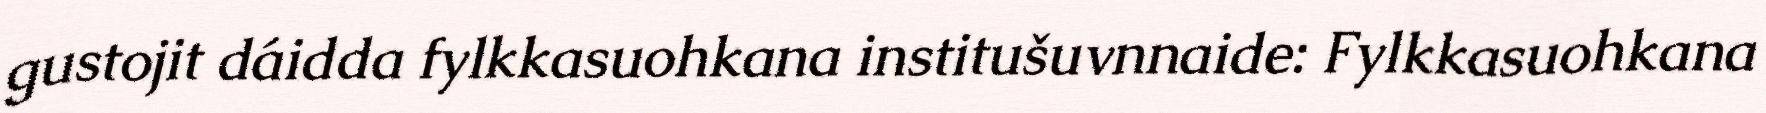
gustojit dáidda fylkkasuohkana institušuvnnaide: Fylkkasuohkana